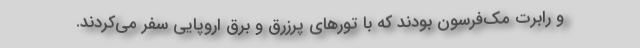
و رابرت مک‌فرسون بودند که با تور‌های پرزرق و برق اروپایی سفر می‌کردند.